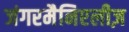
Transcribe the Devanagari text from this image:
जंगरमैनिएलीज़